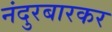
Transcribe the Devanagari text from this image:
नंदुरबारकर